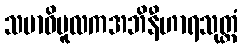
သမာဓိမူလကအဘိနီဟာရသုတ္တံ